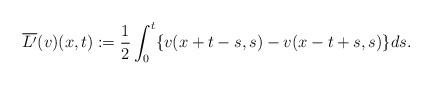
LaTeX: \begin{align*}\overline{L'}(v)(x,t):=\frac{1}{2}\int_0^t\{v(x+t-s,s)-v(x-t+s,s)\}ds.\end{align*}